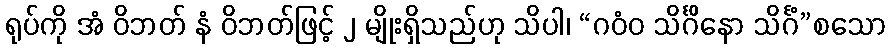
ရုပ်ကို အံ ဝိဘတ် နံ ဝိဘတ်ဖြင့် ၂ မျိုးရှိသည်ဟု သိပါ၊ “ဂဝံဝ သိင်္ဂိနော သိင်္ဂံ”စသော